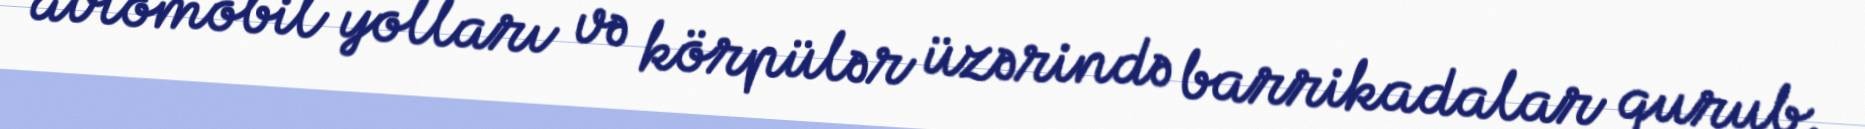
avtomobil yolları və körpülər üzərində barrikadalar qurub.